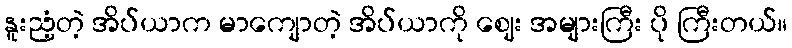
နူးညံ့တဲ့ အိပ်ယာက မာကျောတဲ့ အိပ်ယာကို ဈေး အများကြီး ပို ကြီးတယ်။